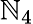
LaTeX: \mathbb{N}_{4}